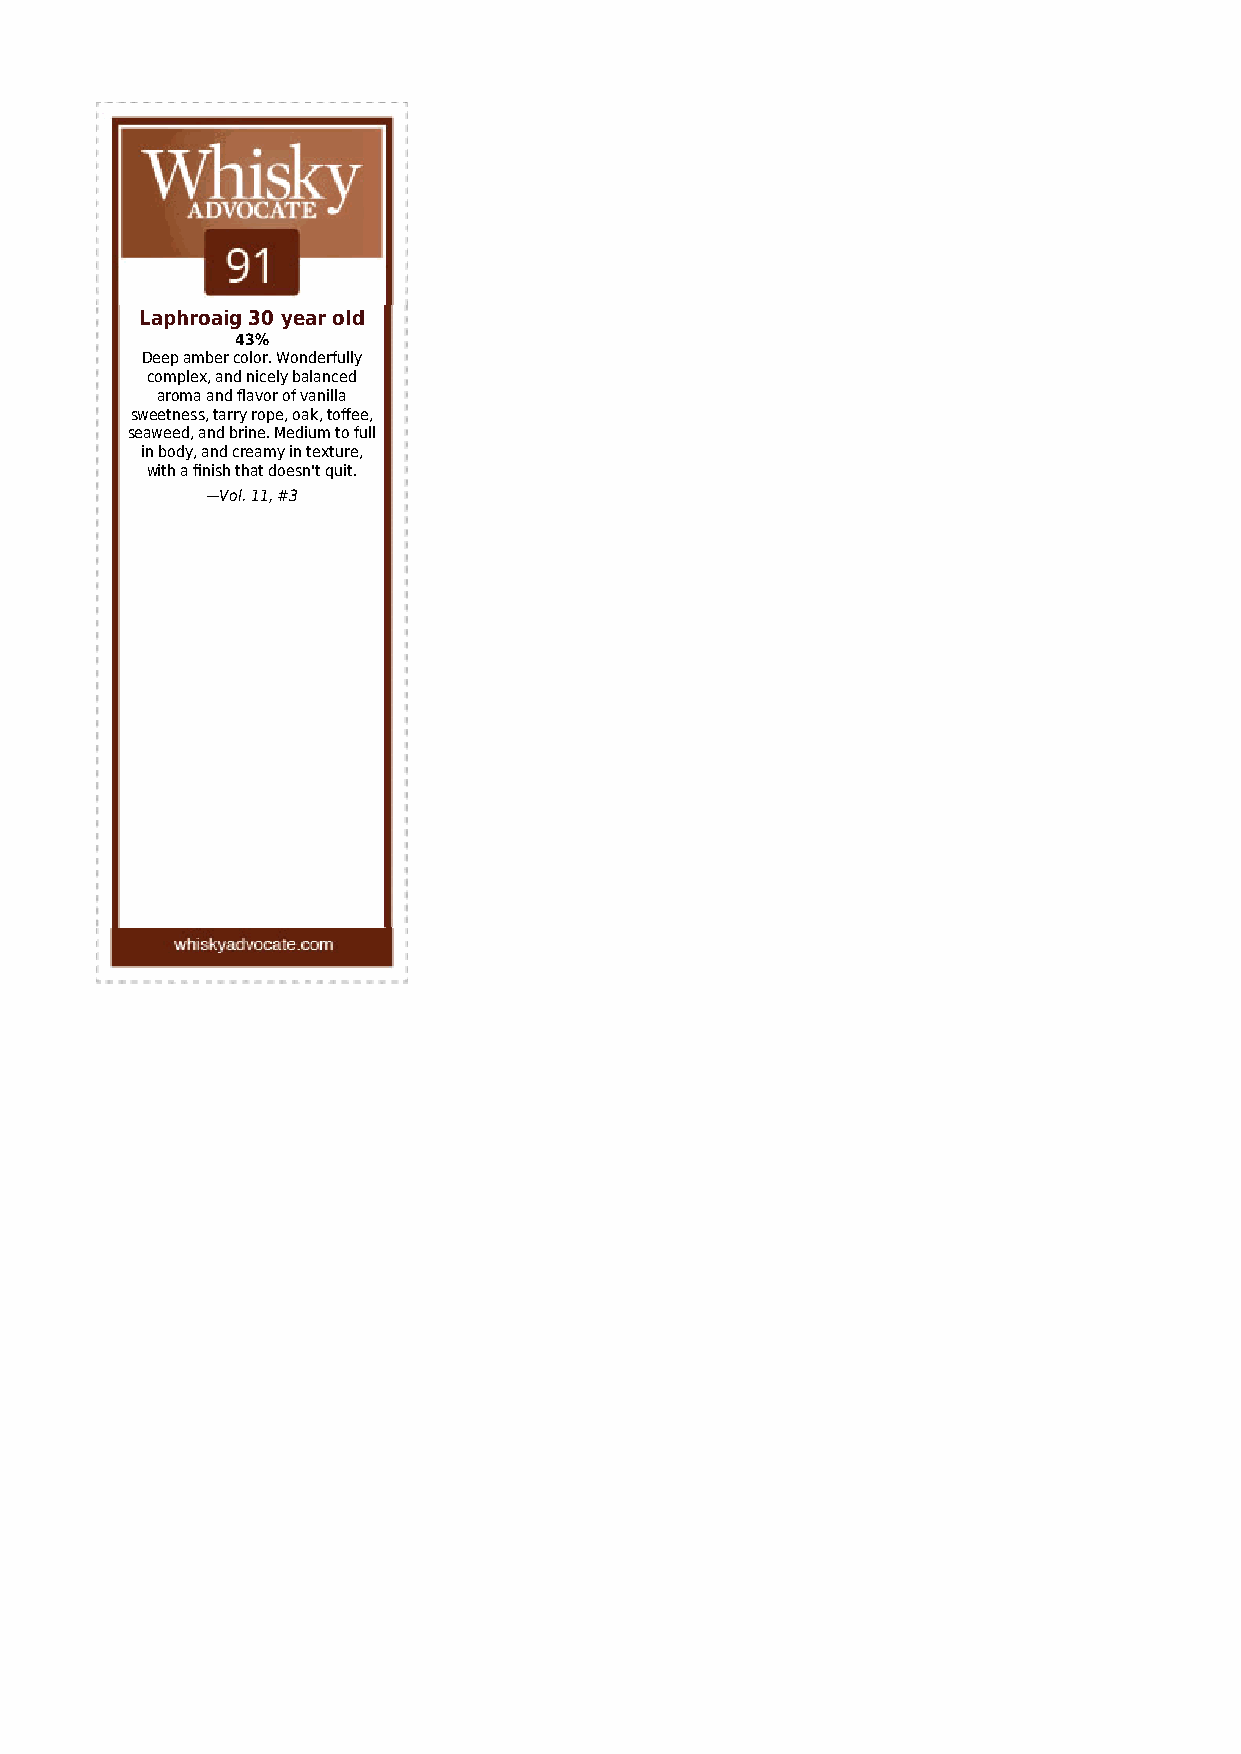
Laphroaig 30 year old
 43%
 Deep amber color. Wonderfully
 complex, and nicely balanced
 aroma and flavor of vanilla
 sweetness, tarry rope, oak, toffee,
 seaweed, and brine. Medium to full
 in body, and creamy in texture,
 with a finish that doesn't quit.
 —Vol. 11, #3